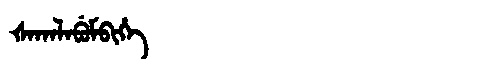
Manchu: ᡧᠠᡴᠠᠯᠠᠪᡠᠮᠪᡳᡥᡝ
Romanization: ŠAKALABUMBIHE